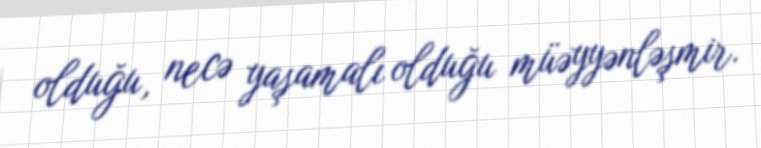
olduğu, necə yaşamalı olduğu müəyyənləşmir.